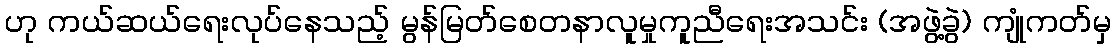
ဟု ကယ်ဆယ်ရေးလုပ်နေသည့် မွန်မြတ်စေတနာလူမှုကူညီရေးအသင်း (အဖွဲ့ခွဲ) ကျုံကတ်မှ